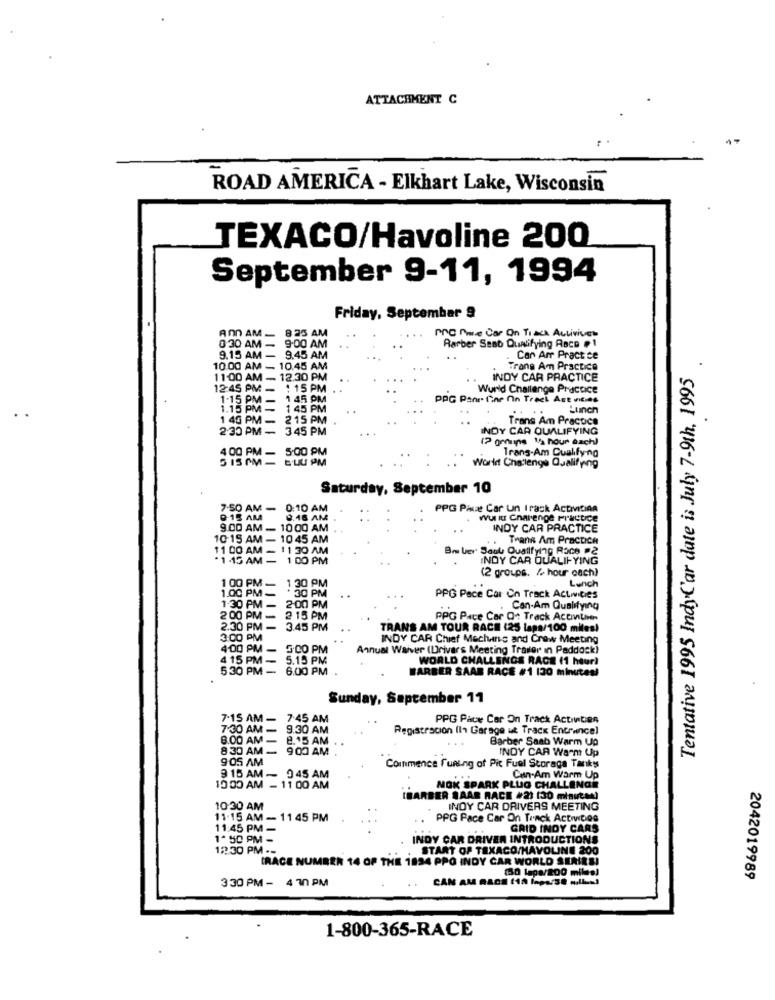
ATTACHMENT C
ROAD AMERICA - Elkhart Lake, Wisconsin
TEXACO/Havoline 200
September 9-11, 1994
Friday, September 9
AND AM _ 8 25 AM
MC more Car On Track Activives
Rarber Sent Qualifying Race !
030 AM - 9:00 AM
9.15 AM - 9.45 AM
Car Arr Pract ce
Tentative 1995 IndyC'ar date is July 7-9th, 1995
10.00 AM - 10.45 AM
Trans Am Practice
11:00 AM - 12.30 PM
INDY CAR PRACTICE
12:45 PM - : 15 PM .
World Challenge Practice
1-15 PM - 1 45 PM
PPG Panr. fine nin Track Ast ncies
1.15 PM =1
- 1 45 PM
Lunch
1 40 PM - 2 15 PM
Trans Am Practice
2.30 PM - 3 45 PM
INDY CAR QUALIFYING
(2 genuine 1/2 hour each)
Trans-Am Qualify-ng
4 00 PM - 5:00 PM
5 15PM-LUPM
World Challenge Qualifying
Saturday, September 10
7:50 AM - 0:10 AM
PPG Pauze Car un Irask ActVICIAR
0-15 AM
0.18 AM
wul is Chalenge Practice
9.00 AM - 1000 AM . .
INDY CAR PRACTICE
10:15 AM - 10 45 AM
Trans Am Practice
11 00 AM _ 11 30 AM
Roce #2
*1 :15 AM - 1 00 PM
Bo Ler Soul Oua
INDY CAR QUALIFYING
(2 groups. / hour cach)
1 00 PM - 1 30 PM
1.00 PM _
Lunch
PPG Pace Car On Track Activities
1.30 PM - 2:00 PM
Can-Am Qualifying
2 00 PM - 2 15 PM
PPG Pace Car On Track Accnum
2.30 PM - 3.45 PM
TRANS AM TOUR RACE (25 laps/100 miles!
3.00 PM
. ..
INDY CAR Chief Machine and Crew Meeting
4:00 PM - 5:00 PM
Annual Waiver (Drivers Meeting Traster In Paddock)
4 15 PM - 5.15 PM
WORLD CHALLENGE RACE (1 hturl
5.30 PM - 6.00 PM
BARBER SAAB RACE #1 120 minutes!
Sunday, September 11
7.15 AM - 7:45 AM
PPG Pace Car On Track Actinbien
7:30 AM - 9.30 AM
Registracion (I+ Garage ut Track Entrance)
8.00 AM - 8.15 AM
...
Barber Saab Warm Up
830 AM - 900 AM
INDY CAR Warm Up
9:05 AM
Commence Fueing of Pit Fuel Storage Tankss
9 15 AM - 945 AM
Can-Am Warm Up
10 00 AM - 11 00 AM
NOK SPARK PLUG CHALLENGE
IBER SAAR RACE #23 130 minutM)
10:30 AM
INDY CAR DRIVERS MEETING
11.15 AM - 11 45 PM
..
PPG Pace Car On Track ActiDes
11:45 PM -
GRID INDY CARS
1-50 PM -
INDY CAR DRIVER INTRODUCTIONS
12:30 PM ._
START OF TEXACO/HAVOLINE 200
(RACE NUMBER 14 OF THE 1894 PPO INDY CAR WORLD SERIES!
330 PM - 4 30 PM
150 lapa/200 miles!
2042019989
1-800-365-RACE